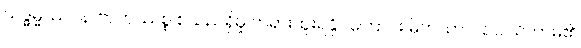
သဒ္ဓမ္မဿဝန၊ ဗာဟုဿစ္စ စသည်ရှိမှု တရားထူးရနိုင်ကြောင်း မိကသာလဥပါသိကာမ၏